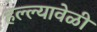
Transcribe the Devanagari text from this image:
हल्ल्यावेळी